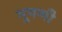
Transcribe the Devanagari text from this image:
भूषणी